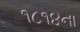
૧૮૧૪ના